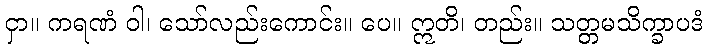
ငှာ။ ကရဏံ ဝါ၊ သော်လည်းကောင်း။ ပေ။ ဣတိ၊ တည်း။ သတ္တမသိက္ခာပဒံ